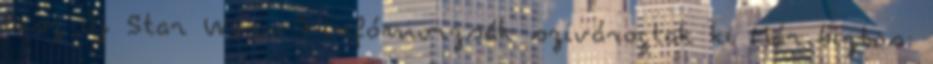
lesz Új Star Wars 7-infómorzsák szivárogtak ki Már biztos: